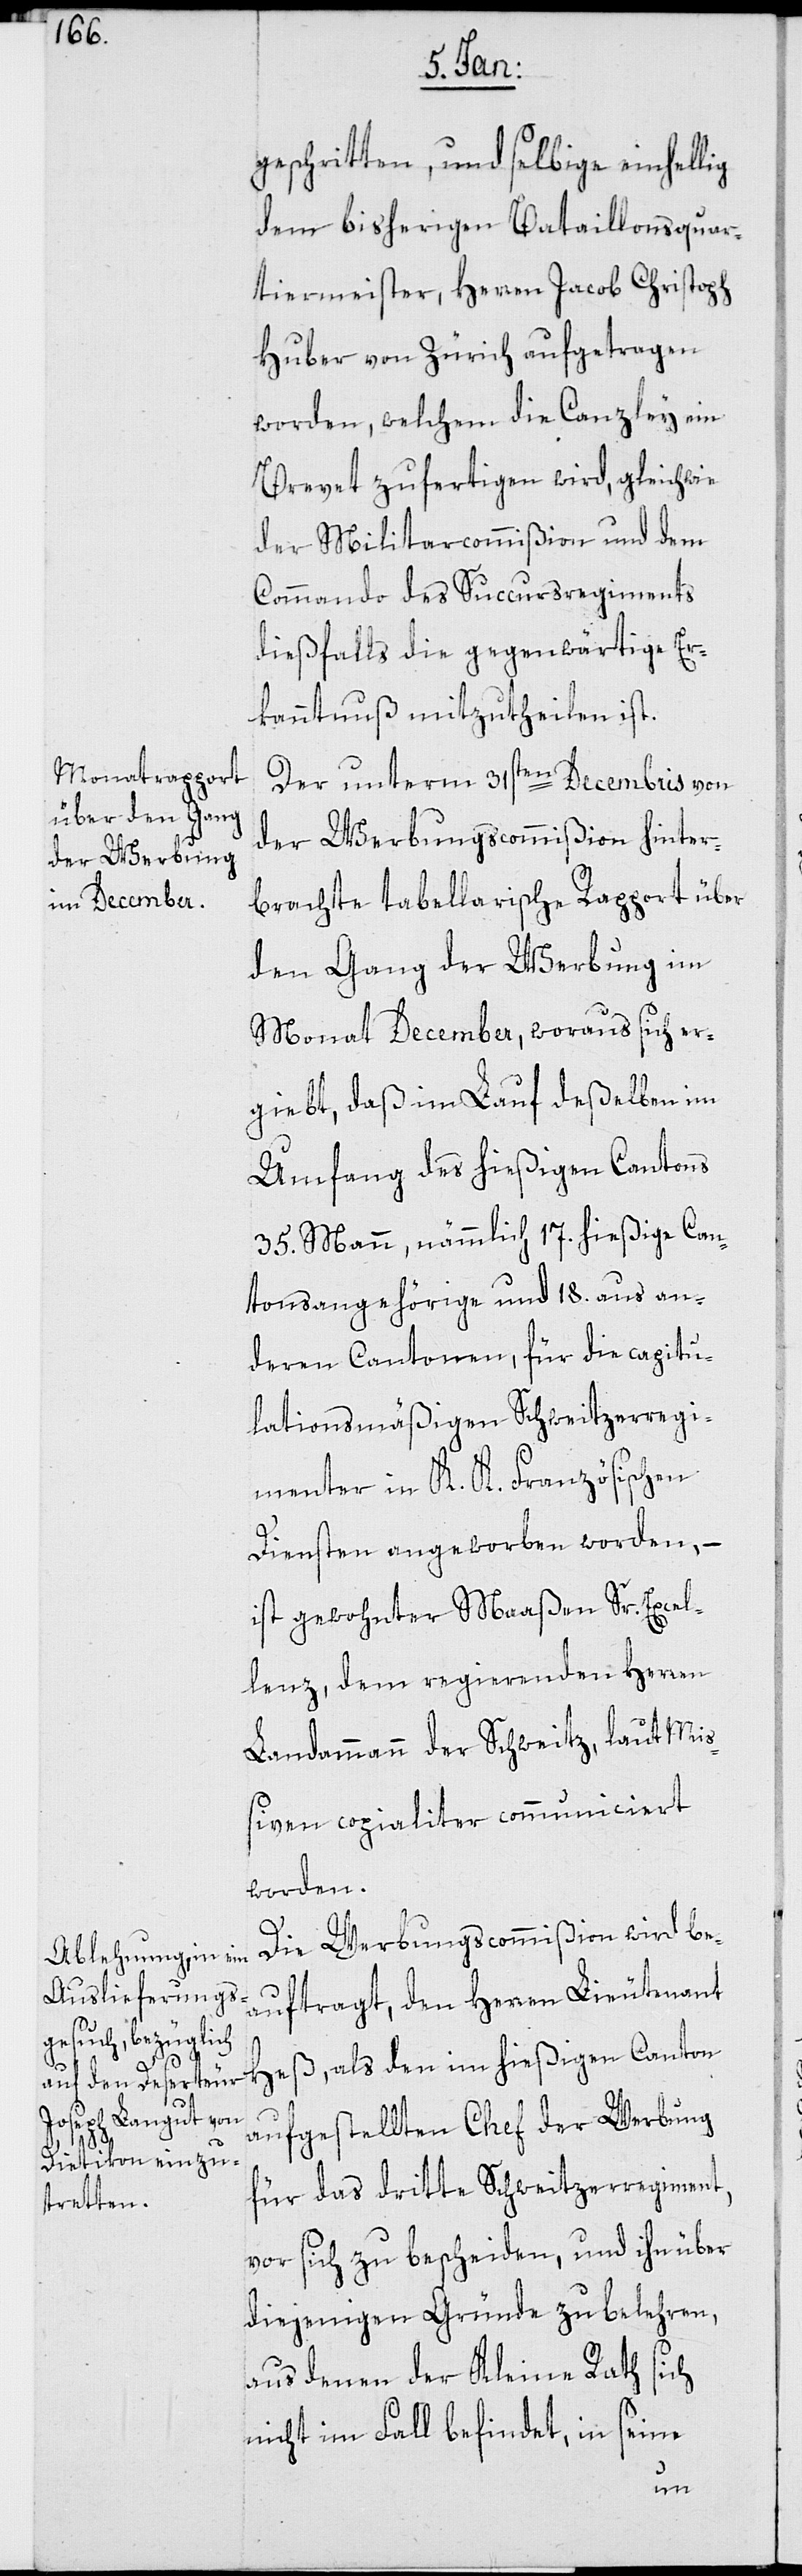
geschritten, und selbige einhellig
dem bisherigen Bataillonsquar¬
tiermeister, Herren Jacob Christoph
Huber von Zürich aufgetragen
worden, welchem die Canzley ein
Brevet zufertigen wird, gleichwie
der Militarcommißion und dem
Commando des Succursregiments
dießfalls die gegenwärtige Er¬
kanntnuß mitzutheilen ist.
Der unterm 31sten Decembris von
der Werbungscommißion hinter¬
brachte tabellarische Rapport über
den Gang der Werbung im
Monat December, woraus sich er¬
giebt, daß im Lauf deßelben im
Umfang des hießigen Cantons
35. Mann, nämlich 17 hießige Can¬
tonsangehörige und 18. aus an¬
deren Cantonen, für die capitu¬
lationsmäßigen Schweitzerregi¬
menter in K. K. Französischen
Diensten angeworben worden, –
ist gewohnter Maaßen Sr. Excel¬
lenz dem regierenden Herren
Landammann der Schweitz, laut Miß¬
iven copialiter communiciert
worden.
Die Werbungscommißion wird be¬
auftragt, den Herren Lieutenant
Heß, als den im hießigen Canton
aufgestellten Chef der Werbung
für das dritte Schweitzerregiment,
vor sich zu bescheiden, und ihn über
diejenigen Gründe zu belehren,
aus denen der Kleine Rath sich
nicht im Fall befindet, in seine